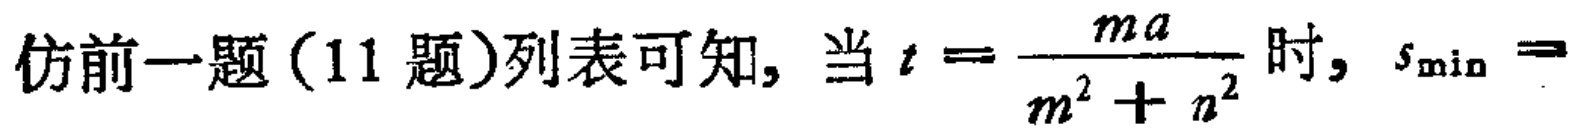
仿前一题（11 题）列表可知, 当 \(t = \frac{ma}{m^{2}+n^{2}}\) 时, \(s_{\min}=\)